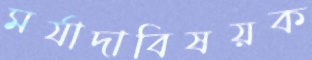
মর্যাদাবিষয়ক